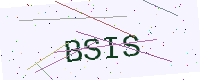
Text: BSIS